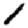
Digit: 1